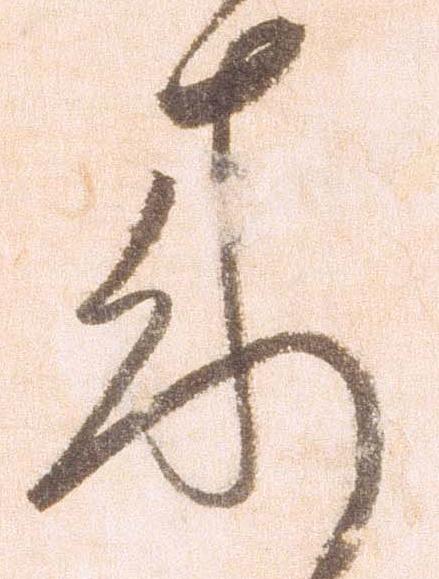
来